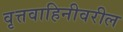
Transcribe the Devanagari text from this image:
वृत्तवाहिनीवरील